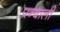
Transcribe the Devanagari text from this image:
प्रन्बाली